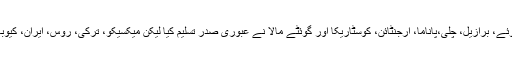
ہوان گوآئیڈو کو امریکہ سمیت آسٹریلیا، کینیڈا، کولمبیا، پیرو، ایکواڈور، پیراگوئے، برازیل، چلی،پاناما، ارجنٹائن، کوسٹاریکا اور گوئٹے مالا نے عبوری صدر تسلیم کیا لیکن میکسیکو، ترکی، روس، ایران، کیوبا، چین اور بولیویا، وینزویلا کے صدر نکولس مادور کی حمایت کر رہے ہیں۔